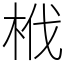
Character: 栰